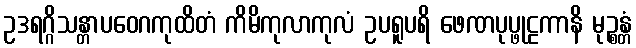
ဥဒရဂ္ဂိသန္တာပဝေဂကုထိတံ ကိမိကုလာကုလံ ဥပရူပရိ ဖေဏပုပ္ဖုဠကာနိ မုဉ္စန္တံ